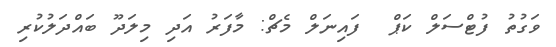
ވަގުތު ފުޓްސަލް ކަޕް  ފައިނަލް މެޗް: މާފަރު އަދި މިލަދޫ ބައްދަލުކުރި